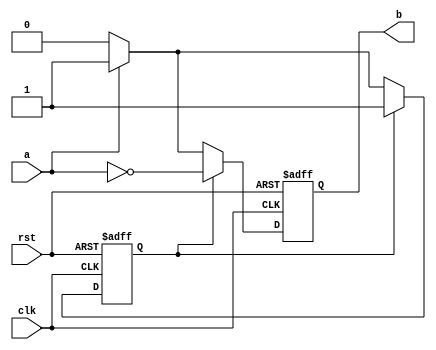
`timescale 1ns / 1ps
//////////////////////////////////////////////////////////////////////////////////
// Name : Anurat Bhattacharya(19CS10071) Sunanda Mandal(19CS10060)
// 
// Design Name: 
// Module Name:    tComp 
// Project Name: 
// Target Devices: 
// Tool versions: 
// Description: Verilog code to implement a twos complement generator (input fed from lsb side)
//
// Dependencies: 
//
// Revision: 
// Revision 0.01 - File Created
// Additional Comments: 
//
//////////////////////////////////////////////////////////////////////////////////
module tComp(rst,clk,a,b
    );
	 input rst,clk,a;//reset ,clock and input bit
	 output reg b;//output bit
	 reg state;//0 for in the first phase 100...0 1 for the next phase
	 always @(posedge clk or posedge rst)
	 begin
		if(rst)
		begin
			state <=1'b0;
			b<=1'b0;
		end
		else
		begin
			if(state)
			begin
				b<=(!a);//state remains same
			end
			else
			begin
				if(a)
				begin
					b<=1'b1;
					state<=1'b1;//change state
				end
				else
				begin
					b<=1'b0;//state remains same
				end
			end
		end
	 end
	 


endmodule